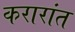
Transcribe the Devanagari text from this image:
करारांत